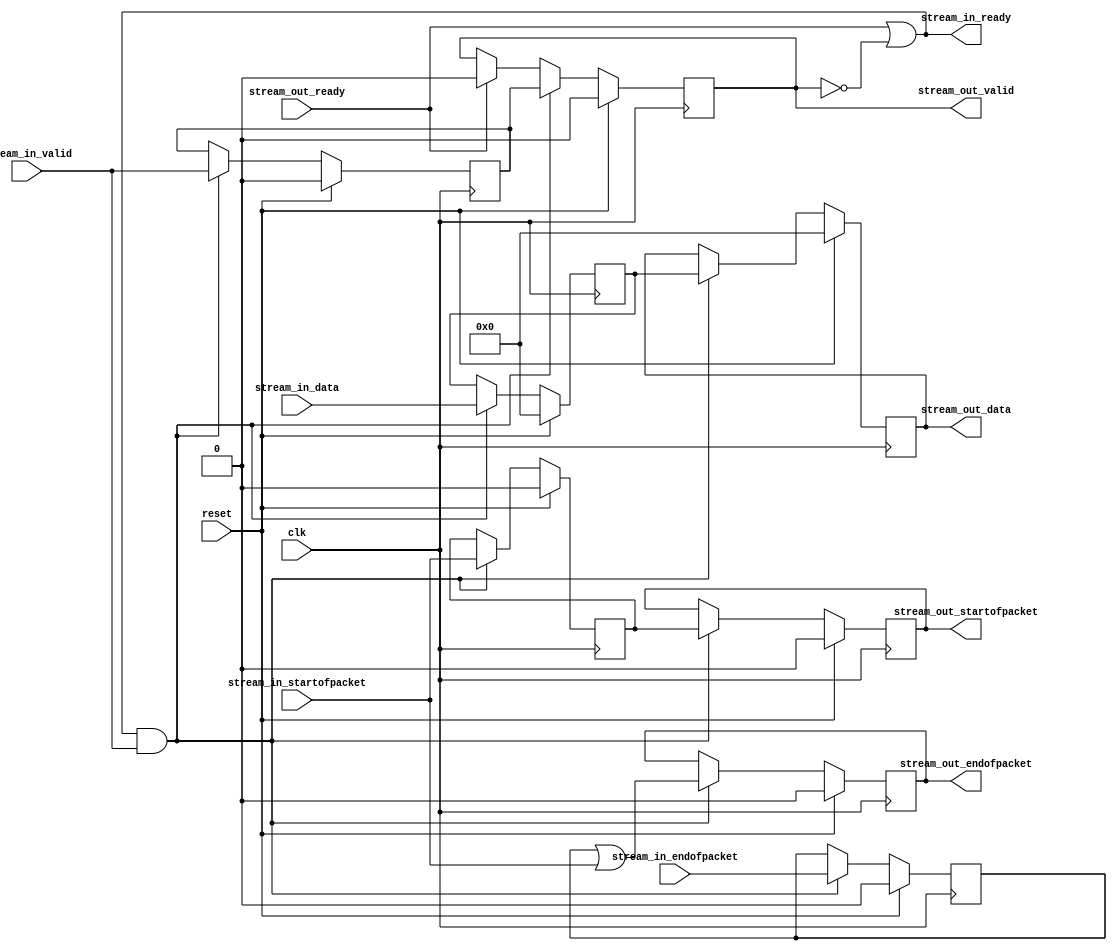
module altera_up_video_decoder_add_endofpacket (
	clk,
	reset,
	stream_in_data,
	stream_in_startofpacket,
	stream_in_endofpacket,
	stream_in_valid,
	stream_out_ready,
	stream_in_ready,
	stream_out_data,
	stream_out_startofpacket,
	stream_out_endofpacket,
	stream_out_valid
);
parameter DW	=  15; 
input						clk;
input						reset;
input			[DW: 0]	stream_in_data;
input						stream_in_startofpacket;
input						stream_in_endofpacket;
input						stream_in_valid;
input						stream_out_ready;
output					stream_in_ready;
output reg	[DW: 0]	stream_out_data;
output reg				stream_out_startofpacket;
output reg				stream_out_endofpacket;
output reg				stream_out_valid;
wire						internal_ready;
reg			[DW: 0]	internal_data;
reg						internal_startofpacket;
reg						internal_endofpacket;
reg						internal_valid;
always @(posedge clk)
begin
	if (reset)
	begin
		stream_out_data				<=  'h0;
		stream_out_startofpacket	<= 1'b0;
		stream_out_endofpacket		<= 1'b0;
		stream_out_valid				<= 1'b0;
	end
	else if (stream_in_ready & stream_in_valid)
	begin
		stream_out_data				<= internal_data;
		stream_out_startofpacket	<= internal_startofpacket;
		stream_out_endofpacket		<= internal_endofpacket | stream_in_startofpacket;
		stream_out_valid				<= internal_valid;
	end
	else if (stream_out_ready)
		stream_out_valid				<= 1'b0;
end
always @(posedge clk)
begin
	if (reset)
	begin
		internal_data					<=  'h0;
		internal_startofpacket		<= 1'b0;
		internal_endofpacket			<= 1'b0;
		internal_valid					<= 1'b0;
	end
	else if (stream_in_ready & stream_in_valid)
	begin
		internal_data					<= stream_in_data;
		internal_startofpacket		<= stream_in_startofpacket;
		internal_endofpacket			<= stream_in_endofpacket;
		internal_valid					<= stream_in_valid;
	end
end
assign stream_in_ready = stream_out_ready | ~stream_out_valid;
endmodule